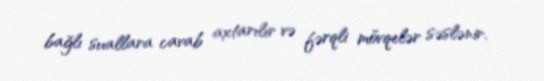
bağlı suallara cavab axtarılır və fərqli mövqelər səslənir.